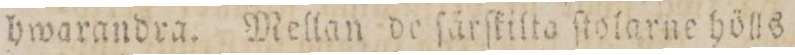
hwarandra. Mellan de ſårſkilto ſtolarne hölls